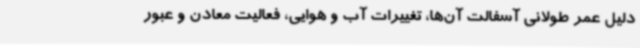
دلیل عمر طولانی آسفالت آن‌ها، تغییرات آب و هوایی، فعالیت معادن و عبور